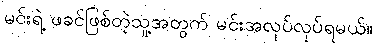
မင်းရဲ့ ဖခင်ဖြစ်တဲ့သူ့အတွက် မင်းအလုပ်လုပ်ရမယ်။